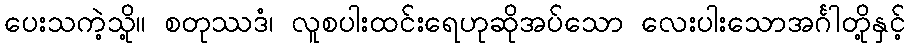
ပေးသကဲ့သို့။ စတုဿဒံ၊ လူစပါးထင်းရေဟုဆိုအပ်သော လေးပါးသောအင်္ဂါတို့နှင့်